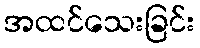
အထင်သေးခြင်း